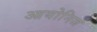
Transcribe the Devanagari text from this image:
आयोनिज